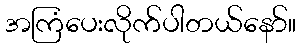
အကြံပေးလိုက်ပါတယ်နော်။